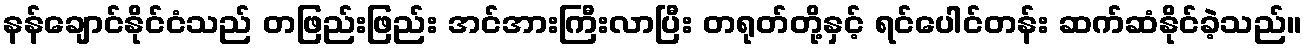
နန်ချောင်နိုင်ငံသည် တဖြည်းဖြည်း အင်အားကြီးလာပြီး တရုတ်တို့နှင့် ရင်ပေါင်တန်း ဆက်ဆံနိုင်ခဲ့သည်။